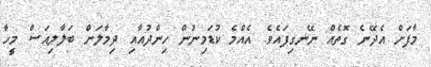
މާފަށް އެދޭނެ ގޮތެއް ނޭނގިފައެވެ. އެއްމެ ކުޑަމިނުން ހިންދުއާއި ދިމާލަށް ބަލާލިއަސް މީހާ